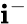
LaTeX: \mathbf{i}^{-}